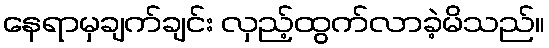
နေရာမှချက်ချင်း လှည့်ထွက်လာခဲ့မိသည်။